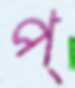
প্